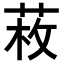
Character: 𦲲